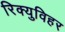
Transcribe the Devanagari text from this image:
रिक्युविहर